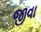
જીવા